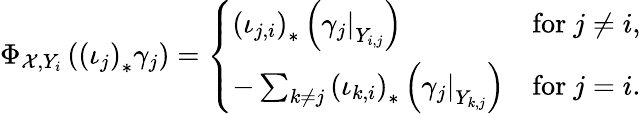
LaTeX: \Phi_{\mathcal{X},Y_{i}}\left(\left(\iota_{j}\right)_{\ast}\gamma_{j}\right)=\left\{ \begin{array}{ll}{\left(\iota_{j,i}\right)_{\ast}\left(\left.\gamma_{j}\right|_{Y_{i,j}}\right)}&{\mathrm{for~}j\neq i,}\\ {-\sum_{k\neq j}\left(\iota_{k,i}\right)_{\ast}\left(\left.\gamma_{j}\right|_{Y_{k,j}}\right)}&{\mathrm{for~}j=i.}\end{array}\right.